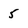
Character: 5